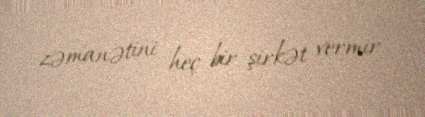
zəmanətini heç bir şirkət vermir.